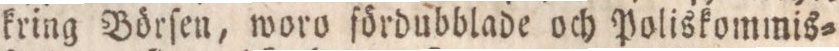
kring Börſen, woro fördubblade och Poliskommis=